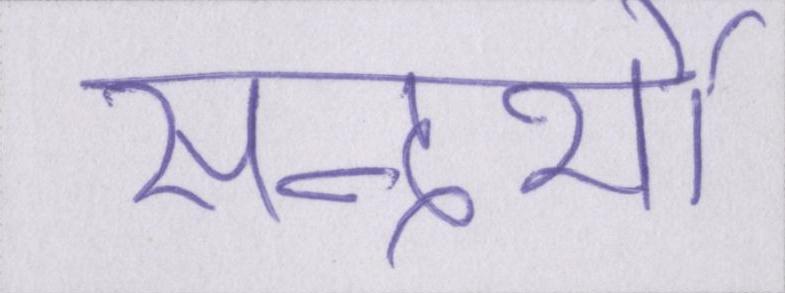
सन्दर्भो